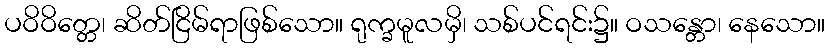
ပဝိဝိတ္တေ၊ ဆိတ်ငြိမ်ရာဖြစ်သော။ ရုက္ခမူလမှိ၊ သစ်ပင်ရင်း၌။ ဝသန္တော၊ နေသော။